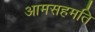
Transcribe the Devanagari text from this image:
आमसहमति